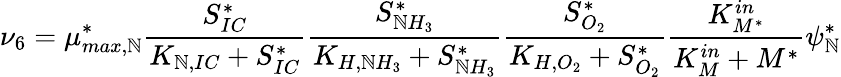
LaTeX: \nu_{6}=\mu_{max,\mathbb{N}}^{*}\frac{{S_{IC}^{*}}}{{K_{\mathbb{N},IC}+S_{IC}^{*}}}\frac{{S_{\mathbb{N}H_{3}}^{*}}}{{K_{H,\mathbb{N}H_{3}}+S_{\mathbb{N}H_{3}}^{*}}}\frac{{S_{O_{2}}^{*}}}{{K_{H,O_{2}}+S_{O_{2}}^{*}}}\frac{{K_{M^{*}}^{in}}}{{K_{M}^{in}+M^{*}}}\psi_{\mathbb{N}}^{*}